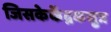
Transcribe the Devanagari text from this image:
जिसकेकेंद्रकसुत्र